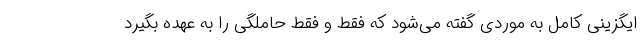
ایگزینی کامل به موردی گفته می‌شود که فقط و فقط حاملگی را به عهده بگیرد